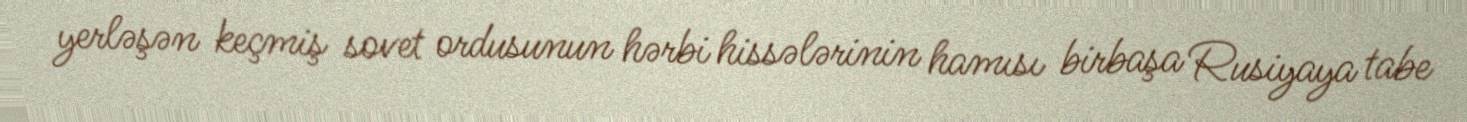
yerləşən keçmiş sovet ordusunun hərbi hissələrinin hamısı birbaşa Rusiyaya tabe